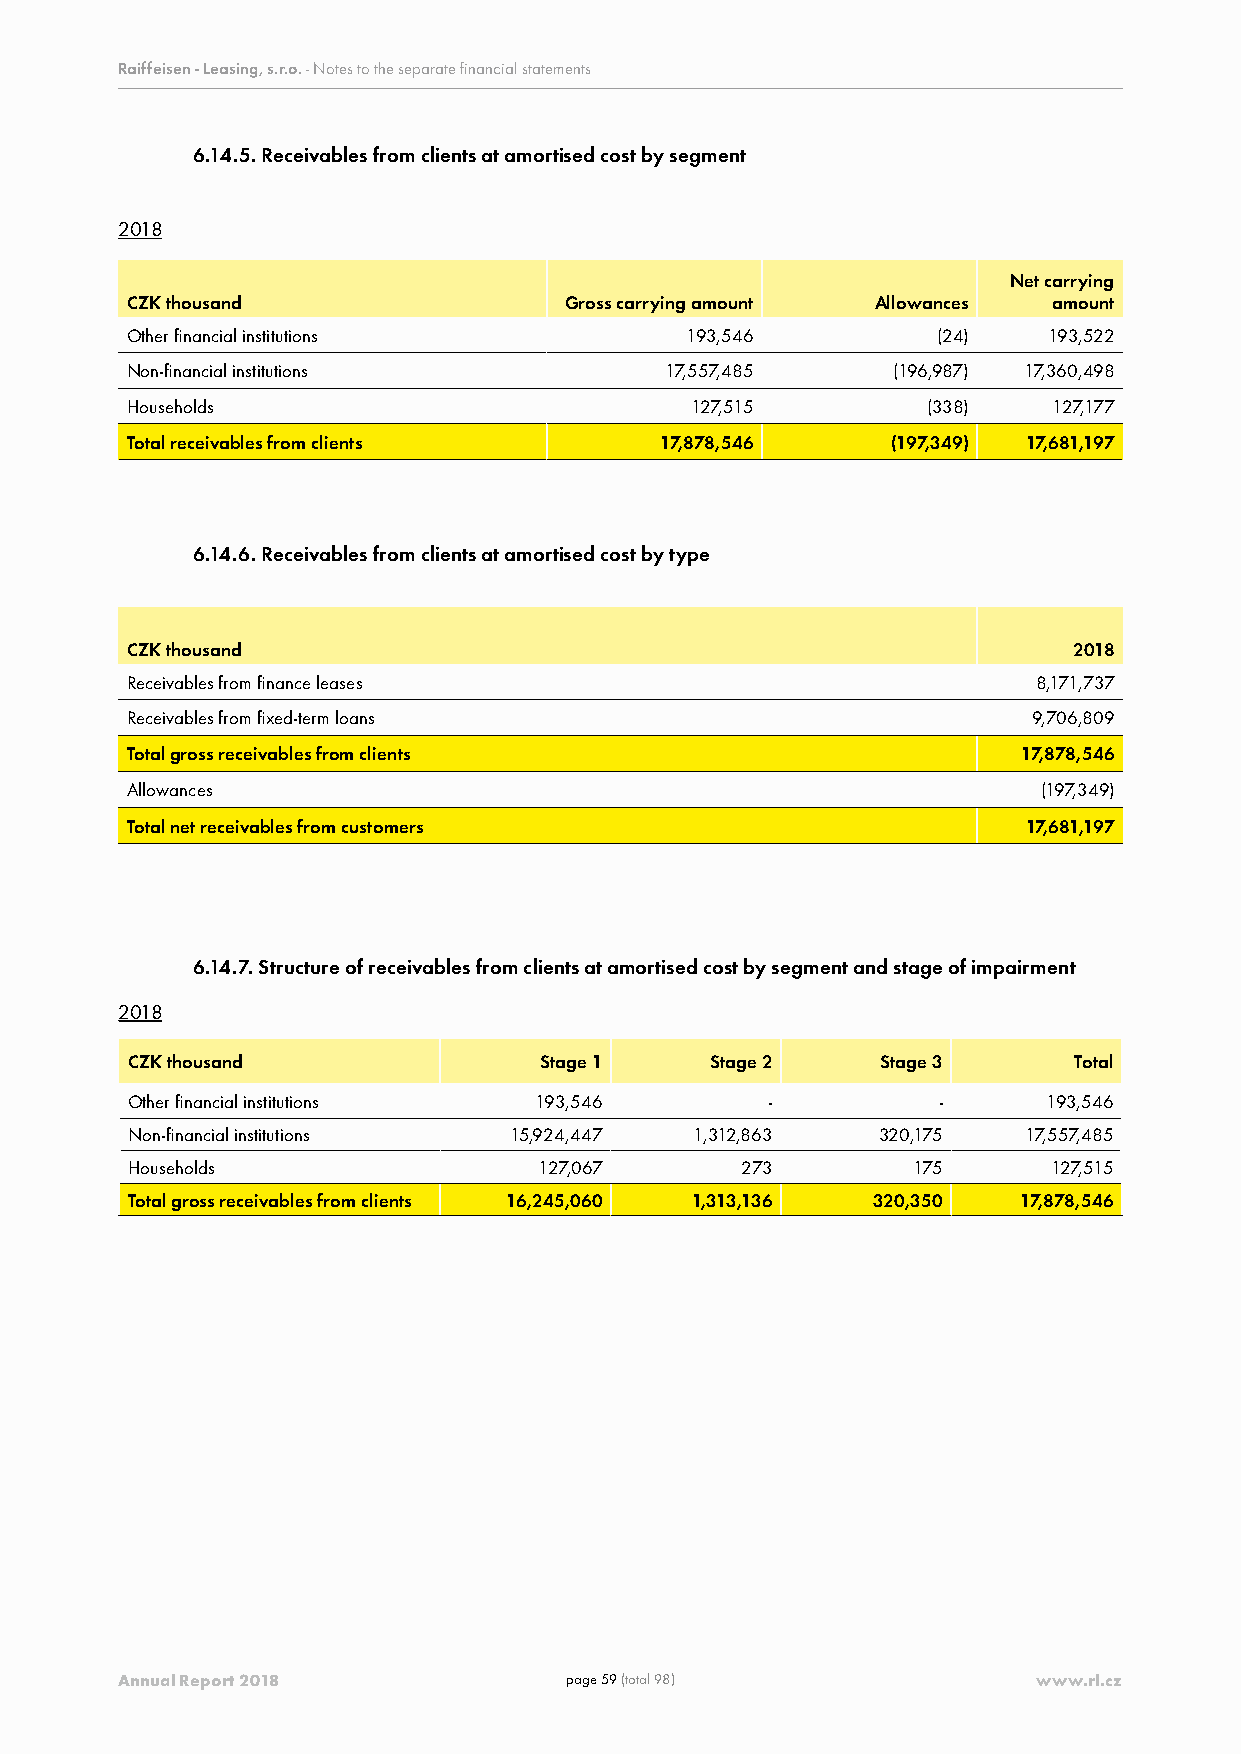
Raiffeisen - Leasing, s.r.o. - Notes to the separate financial statements
 6.14.5. Receivables from clients at amortised cost by segment
 2018
 Net carrying
 CZK thousand                 Gross carrying amount Allowances amount
 Other financial institutions         193,546          (24)   193,522
 Non-financial institutions          17,557,485     (196,987) 17,360,498
 Households                            127,515        (338)    127,177
 Total receivables from clients      17,878,546     (197,349) 17,681,197
 6.14.6. Receivables from clients at amortised cost by type
 CZK thousand                                                   2018
 Receivables from finance leases                              8,171,737
 Receivables from fixed-term loans                           9,706,809
 Total gross receivables from clients                        17,878,546
 Allowances                                                   (197,349)
 Total net receivables from customers                        17,681,197
 6.14.7. Structure of receivables from clients at amortised cost by segment and stage of impairment
 2018
 CZK thousand                Stage 1    Stage 2    Stage 3      Total
 Other financial institutions 193,546       -          -      193,546
 Non-financial institutions 15,924,447 1,312,863   320,175   17,557,485
 Households                  127,067      273        175       127,515
 Total gross receivables from clients 16,245,060 1,313,136 320,350 17,878,546
 Annual Report 2018           page 59 (total 98)              www.rl.cz